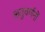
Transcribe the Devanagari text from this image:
ऋतुवर्णनों